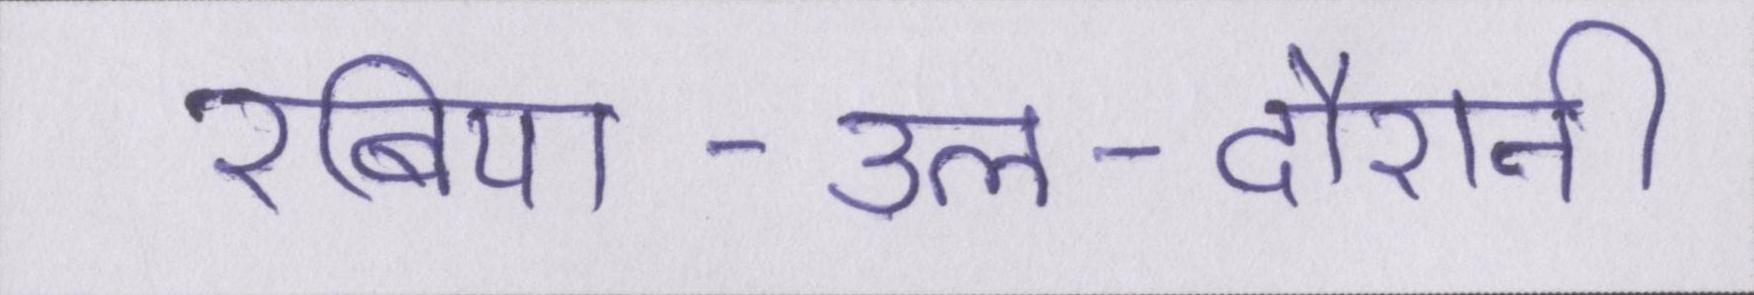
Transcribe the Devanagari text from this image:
रबिया-उल-दौरानी